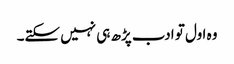
وہ اول تو ادب پڑھ ہی نہیں سکتے۔